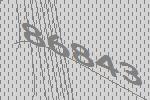
86843